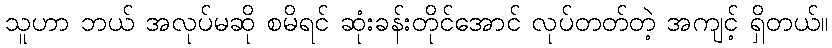
သူဟာ ဘယ် အလုပ်မဆို စမိရင် ဆုံးခန်းတိုင်အောင် လုပ်တတ်တဲ့ အကျင့် ရှိတယ်။